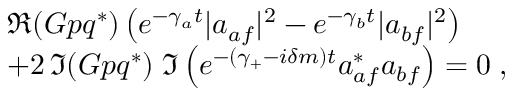
\begin{array} { l } { { \Re ( G p q ^ { * } ) \left( e ^ { - \gamma _ { a } t } | a _ { a f } | ^ { 2 } - e ^ { - \gamma _ { b } t } | a _ { b f } | ^ { 2 } \right) } } \\ { { + 2 \, \Im ( G p q ^ { * } ) \; \Im \left( e ^ { - ( \gamma _ { + } - i \delta m ) t } a _ { a f } ^ { * } a _ { b f } \right) = 0 \; , } } \end{array}